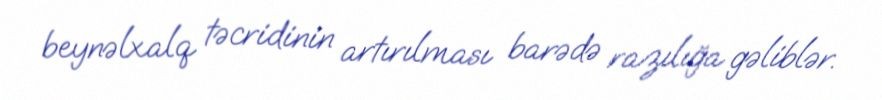
beynəlxalq təcridinin artırılması barədə razılığa gəliblər.